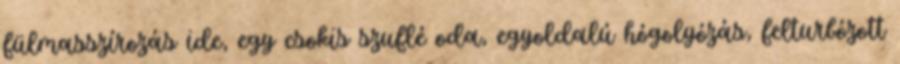
fülmasszírozás ide, egy csokis szuflé oda, egyoldalú hógolyózás, felturbózott